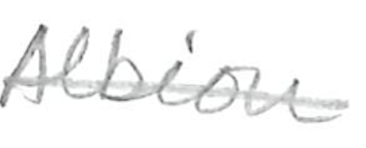
Text: Albion
Cross-out: single-line
Writing tool: pencil